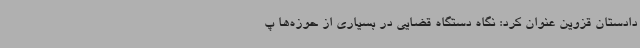
دادستان قزوین عنوان کرد: نگاه دستگاه قضایی در بسیاری از حوزه‌ها پ